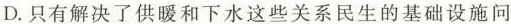
D.只有解决了供暖和下水这些关系民生的基础设施问